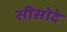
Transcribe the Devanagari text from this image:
सीसोदे